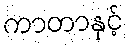
ကာတာနှင့်